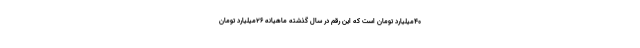
۴۰میلیارد تومان است که این رقم در سال گذشته ماهیانه ۲۶میلیارد تومان